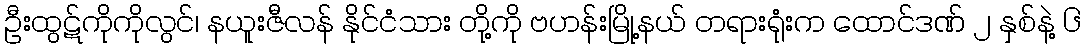
ဦးထွဋ်ကိုကိုလွင်၊ နယူးဇီလန် နိုင်ငံသား တို့ကို ဗဟန်းမြို့နယ် တရားရုံးက ထောင်ဒဏ် ၂ နှစ်နဲ့ ၆